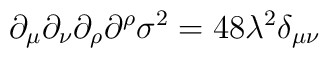
\partial_\mu\partial_\nu\partial_\rho\partial^\rho\sigma^2=48\lambda^2\delta_{\mu\nu}